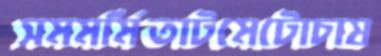
সমমর্মিতাটমেটোচাষ